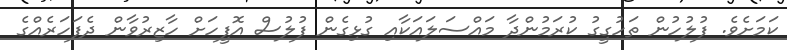
ކަމަށެވެ. ފުލުހުން ތަހުގީގު ކުރަމުންދާ މައްސަލައަކާއި ގުޅިގެން ފުލުސް އޮފީހަށް ހާޒިރުވާން ދެފަހަރެއްގެ